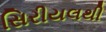
સિરીયલથી